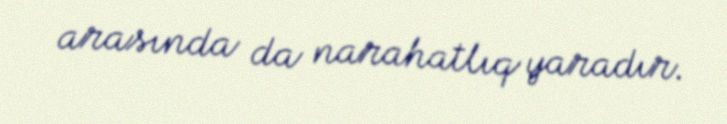
arasında da narahatlıq yaradır.